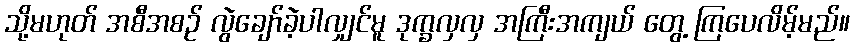
သို့မဟုတ် အစီအစဉ် လွဲချော်ခဲ့ပါလျှင်မူ ဒုက္ခလှလှ အကြီးအကျယ် တွေ့ ကြပေလိမ့်မည်။